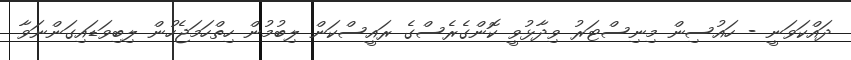
ދައްކަވަނީ - ހައުސިން މިނިސްޓަރު ވިދާޅުވީ ކޮންގެރެސްގެ ރައީސްކަން ލިބުމުން ހިތްހަމަޖެހުން ލިބިވަޑައިގަންނަވާ